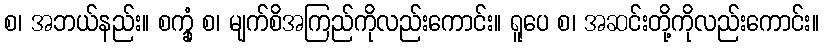
စ၊ အဘယ်နည်း။ စက္ခုံ စ၊ မျက်စိအကြည်ကိုလည်းကောင်း။ ရူပေ စ၊ အဆင်းတို့ကိုလည်းကောင်း။